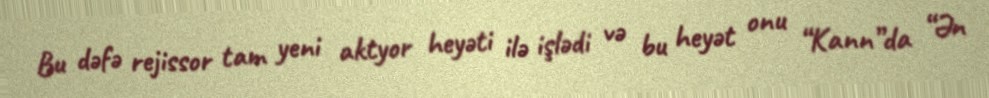
Bu dəfə rejissor tam yeni aktyor heyəti ilə işlədi və bu heyət onu “Kann”da “Ən